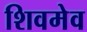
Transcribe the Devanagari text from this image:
शिवमेव